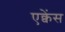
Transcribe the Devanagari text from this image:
एक्वेंस